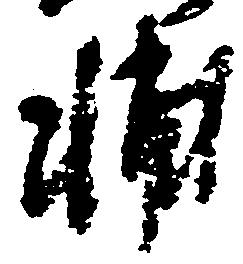
輔